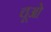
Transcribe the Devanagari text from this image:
चूओ